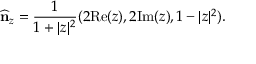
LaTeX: \widehat { \bf n } _ { z } = \frac { 1 } { 1 + \vert z \vert ^ { 2 } } ( 2 \mathrm { R e } ( z ) , 2 \mathrm { I m } ( z ) , 1 - \vert z \vert ^ { 2 } ) .